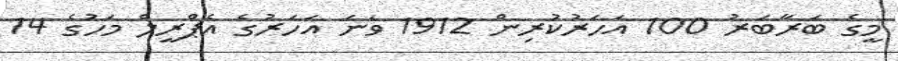
މީގެ ބަރާބަރު 100 އަހަރުކުރިން 1912 ވަނަ އަހަރުގެ އެޕްރީލް މަހުގެ 14